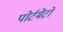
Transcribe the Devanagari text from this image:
पोर्टमेंटो